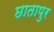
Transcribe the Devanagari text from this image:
छातापुर